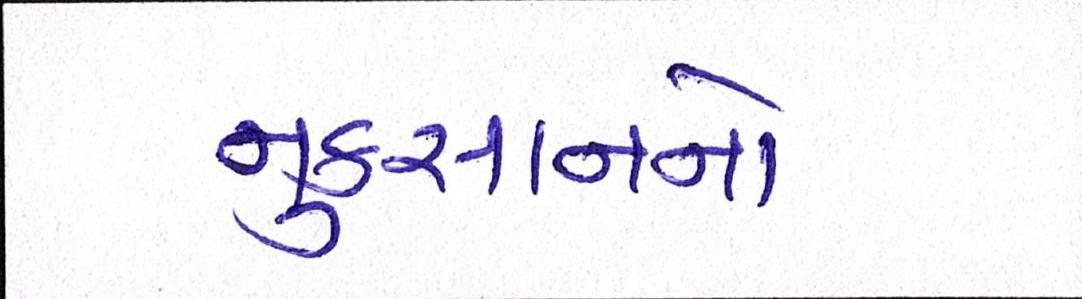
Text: નુકસાનનો